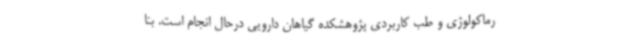
رماکولوژی و طب کاربردی پژوهشکده گیاهان دارویی درحال انجام است. بنا